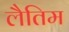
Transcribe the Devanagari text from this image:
लैतिम